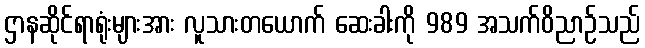
ဌာနဆိုင်ရာရုံးများအား လူသားတယောက် ဆေးခါးကို 989 အသက်ဝိညာဉ်သည်